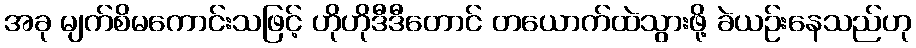
အခု မျက်စိမကောင်းသဖြင့် ဟိုဟိုဒီဒီတောင် တယောက်ထဲသွားဖို့ ခဲယဉ်းနေသည်ဟု